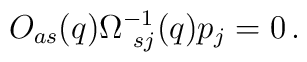
O_{as}(q) \Omega^{-1}_{\ sj}(q)p_j = 0\,.